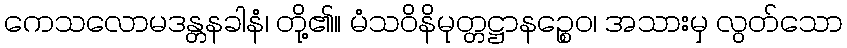
ကေသလောမဒန္တနခါနံ၊ တို့၏။ မံသဝိနိမုတ္တဋ္ဌာနဉ္စေဝ၊ အသားမှ လွတ်သော